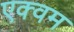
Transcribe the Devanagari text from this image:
एक्वम